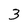
Character: 3